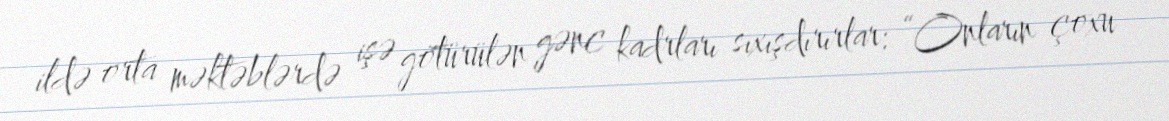
ildə orta məktəblərdə işə götürülən gənc kadrları sıxışdırırlar: “Onların çoxu